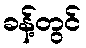
ခန့်တွင်